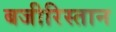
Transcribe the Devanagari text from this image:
बजीरिस्तान